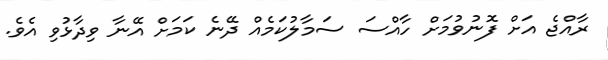
ރާއްޖެ އަށް ފޮނުވުމަށް ހާއްސަ ސަމާލުކަމެއް ދޭނެ ކަމަށް އޭނާ ވިދާޅުވިި އެވެ.